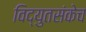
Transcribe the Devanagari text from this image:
विद्युतसंकेच